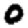
Digit: 0